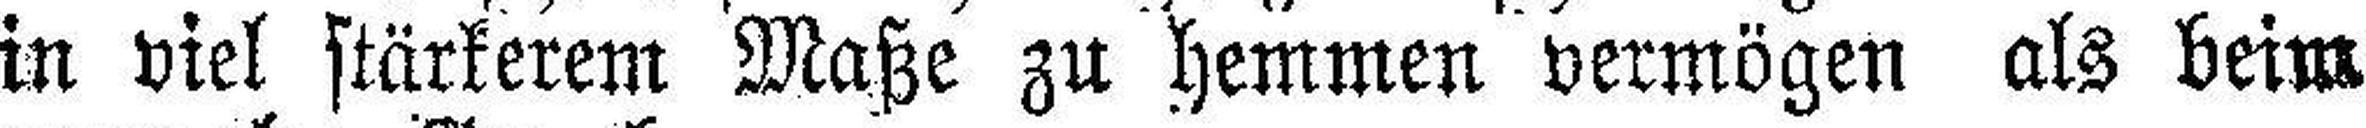
in viel stärkerem Maße zu hemmen vermögen als beim